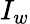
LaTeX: I_{w}